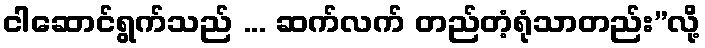
ငါဆောင်ရွက်သည် ... ဆက်လက် တည်တံ့ရုံသာတည်း”လို့